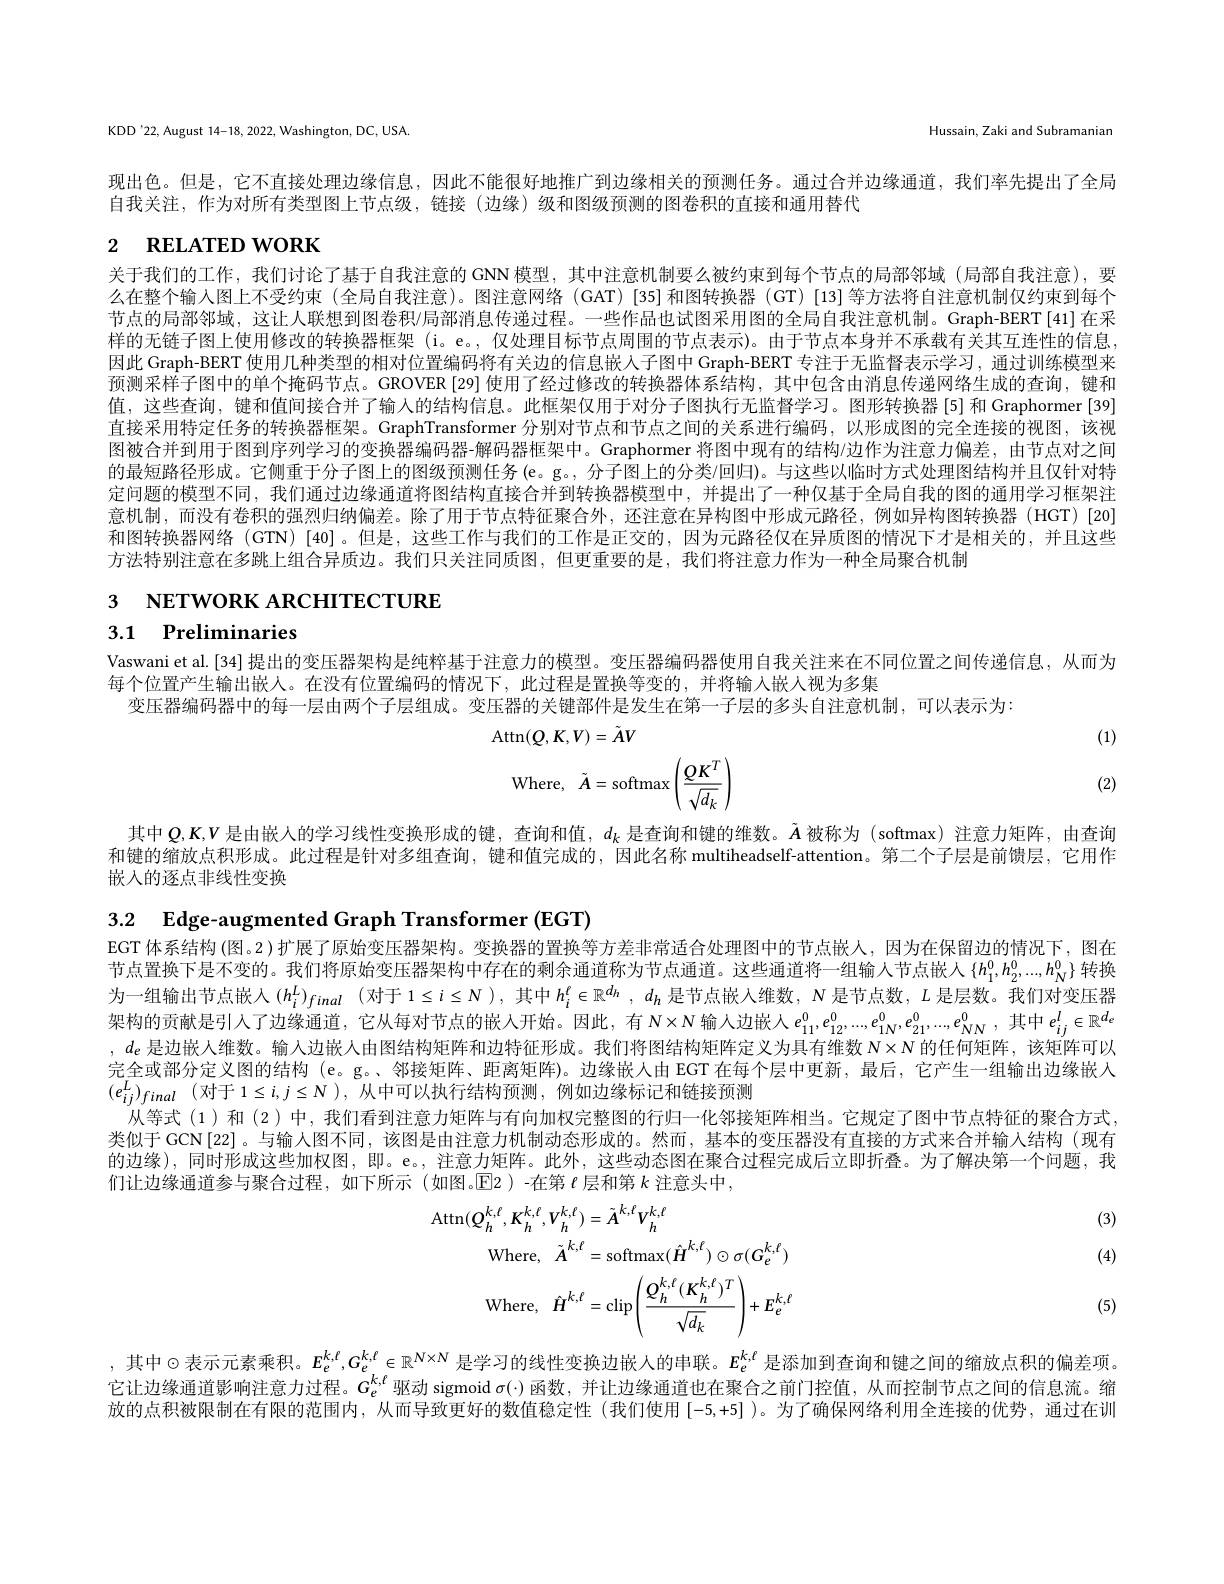
KDD'22, August 14-18, 2022, Washington, DC, USA.

Hussain, Zaki and Subramanian

现出色。但是，它不直接处理边缘信息，因此不能很好地推广到边缘相关的预测任务。通过合并边缘通道，我们率先提出了全局
自我关注，作为对所有类型图上节点级，链接(边缘)级和图级预测的图卷积的直接和通用替代

# 2 RELATED WORK

关于我们的工作，我们讨论了基于自我注意的 GNN 模型，其中注意机制要么被约束到每个节点的局部邻域(局部自我注意),要么在整个输入图上不受约束 (全局自我注意)。图注意网络 (GAT)[35]和图转换器 (GT)[13]等方法将自注意机制仅约束到每个节点的局部邻域，这让人联想到图卷积/局部消息传递过程。一些作品也试图采用图的全局自我注意机制。Graph-BERT[41]在采样的无链子图上使用修改的转换器框架 (i。e。, 仅处理目标节点周围的节点表示)。由于节点本身并不承载有关其互连性的信息因此 Graph-BERT 使用几种类型的相对位置编码将有关边的信息嵌人子图中 Graph-BERT 专注于无监督表示学习，通过训练模型来预测采样子图中的单个掩码节点。GROVER [29] 使用了经过修改的转换器体系结构，其中包含由消息传递网络生成的查询，键和值，这些查询，键和值间接合并了输入的结构信息。此框架仅用于对分子图执行无监督学习。图形转换器[5]和 Graphormer[39] 直接采用特定任务的转换器框架。GraphTransformer 分别对节点和节点之间的关系进行编码，以形成图的完全连接的视图，该视图被合并到用于图到序列学习的变换器编码器-解码器框架中。Graphormer 将图中现有的结构/边作为注意力偏差，由节点对之间的最短路径形成。它侧重于分子图上的图级预测任务(e。g。, 分子图上的分类/回归)。与这些以临时方式处理图结构并且仅针对特定问题的模型不同，我们通过边缘通道将图结构直接合并到转换器模型中，并提出了一种仅基于全局自我的图的通用学习框架注意机制，而没有卷积的强烈归纳偏差。除了用于节点特征聚合外，还注意在异构图中形成元路径，例如异构图转换器(HGT)[20] 和图转换器网络 (GTN) [40]。但是，这些工作与我们的工作是正交的，因为元路径仅在异质图的情况下才是相关的，并且这些方法特别注意在多跳上组合异质边。我们只关注同质图，但更重要的是，我们将注意力作为一种全局聚合机制

з NETWORK ARCHITECTURE

3.1 Preliminaries

Vaswani et al.[34] 提出的变压器架构是纯粹基于注意力的模型。变压器编码器使用自我关注来在不同位置之间传递信息，从而为
每个位置产生输出嵌人。在没有位置编码的情况下，此过程是置换等变的，并将输入嵌人视为多集
变压器编码器中的每一层由两个子层组成。变压器的关键部件是发生在第一子层的多头自注意机制，可以表示为：
$$\mathrm{Attn}(Q,K,V)=\tilde{A}V$$
(1)
$$\text{Where,}\tilde{A}=\text{softmax}\left(\frac{QK^T}{\sqrt{d_k}}\right)$$
(2)

其中$Q,K,V$是由嵌人的学习线性变换形成的键，查询和值，$d_k$ 是查询和键的维数。$\tilde{A}$被称为 (softmax) 注意力矩阵，由查询和键的缩放点积形成。此过程是针对多组查询，键和值完成的，因此名称 multiheadself-attention。第二个子层是前馈层，它用作嵌入的逐点非线性变换

3.2 Edge-augmented Graph Transformer (EGT)
EGT 体系结构 (图。2 )扩展了原始变压器架构。变换器的置换等方差非常适合处理图中的节点嵌人，因为在保留边的情况下，图在节点置换下是不变的。我们将原始变压器架构中存在的剩余通道称为节点通道。这些通道将一组输入节点嵌人{$h_1^0,h_2^0,...,h_N^0\}$转换为一组输出节点嵌入$(h_i^L)_{final}$ (对于$1\leq i\leq N$ ),其中$h_i^\ell\in\mathbb{R}^d_h,d_h$是节点嵌人维数，$N$是节点数，$L$是层数。我们对变压器架构的贡献是引人了边缘通道，它从每对节点的嵌入开始。因此，有 N$\times\mathbb{N}$输入边嵌人$e_{11}^0,e_{12}^0,...,e_{1N}^0,e_{21}^0,...,e_{NN}^0$,其中$e_{ij}^l\in\mathbb{R}^d_e$ ,$d_e$是边嵌人维数。输人边嵌人由图结构矩阵和边特征形成。我们将图结构矩阵定义为具有维数$N\times N$的任何矩阵，该矩阵可以完全或部分定义图的结构 (e。g。、邻接矩阵、距离矩阵)。边缘嵌人由 EGT 在每个层中更新，最后，它产生一组输出边缘嵌入$( e_{ij}^L) _{final}$ (对于 $1\leq i,j\leq N)$, 从中可以执行结构预测，例如边缘标记和链接预测
从等式 (1)和 (2) 中，我们看到注意力矩阵与有向加权完整图的行归一化邻接矩阵相当。它规定了图中节点特征的聚合方式， 类似于 GCN[22]。与输人图不同，该图是由注意力机制动态形成的。然而，基本的变压器没有直接的方式来合并输入结构(现有的边缘),同时形成这些加权图，即。e。, 注意力矩阵。此外，这些动态图在聚合过程完成后立即折叠。为了解决第一个问题，我们让边缘通道参与聚合过程，如下所示(如图。$\mathbb{E}$2)-在第$\ell$ 层和第$k$ 注意头中，

(3)

(4)
$$\begin{aligned}\mathrm{Attn}(Q_{h}^{k,\ell},K_{h}^{k,\ell},V_{h}^{k,\ell})&=\tilde{A}^{k,\ell}V_{h}^{k,\ell}\\\mathrm{Where},\:\tilde{A}^{k,\ell}&=\mathrm{softmax}(\hat{H}^{k,\ell})\odot\sigma(G_{e}^{k,\ell})\\\mathrm{Where},\:\hat{H}^{k,\ell}&=\mathrm{clip}\left(\frac{Q_{h}^{k,\ell}(K_{h}^{k,\ell})^{T}}{\sqrt{d_{k}}}\right)+E_{e}^{k,\ell}\end{aligned}$$
(5)

, 其中$\odot$表示元素乘积。$E_e^{k,\ell},G_e^{k,\ell}\in\mathbb{R}^{N\times N}$ 是学习的线性变换边嵌人的串联。$E_e^{k,\ell}$ 是添加到查询和键之间的缩放点积的偏差项。它让边缘通道影响注意力过程。G$_e^{k,\ell}$驱动 sigmoid $\sigma(\cdot)$ 函数，并让边缘通道也在聚合之前门控值，从而控制节点之间的信息流。缩放的点积被限制在有限的范围内，从而导致更好的数值稳定性(我们使用[-5,+5])。为了确保网络利用全连接的优势，通过在训